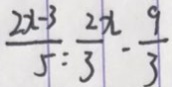
\frac { 2 x - 3 } { 5 } = \frac { 2 x } { 3 } - \frac { 9 } { 3 }